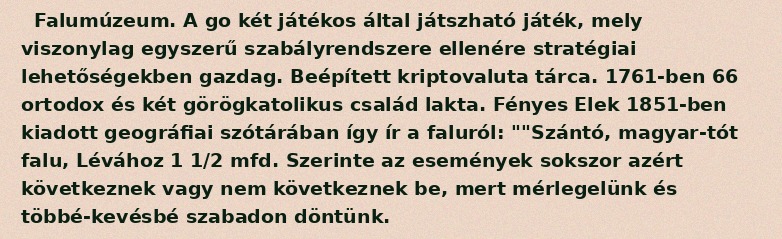
Falumúzeum. A go két játékos által játszható játék, mely viszonylag egyszerű szabályrendszere ellenére stratégiai lehetőségekben gazdag. Beépített kriptovaluta tárca. 1761-ben 66 ortodox és két görögkatolikus család lakta. Fényes Elek 1851-ben kiadott geográfiai szótárában így ír a faluról: ""Szántó, magyar-tót falu, Lévához 1 1/2 mfd. Szerinte az események sokszor azért következnek vagy nem következnek be, mert mérlegelünk és többé-kevésbé szabadon döntünk.